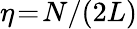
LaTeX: \eta\! =\! N/(2L)